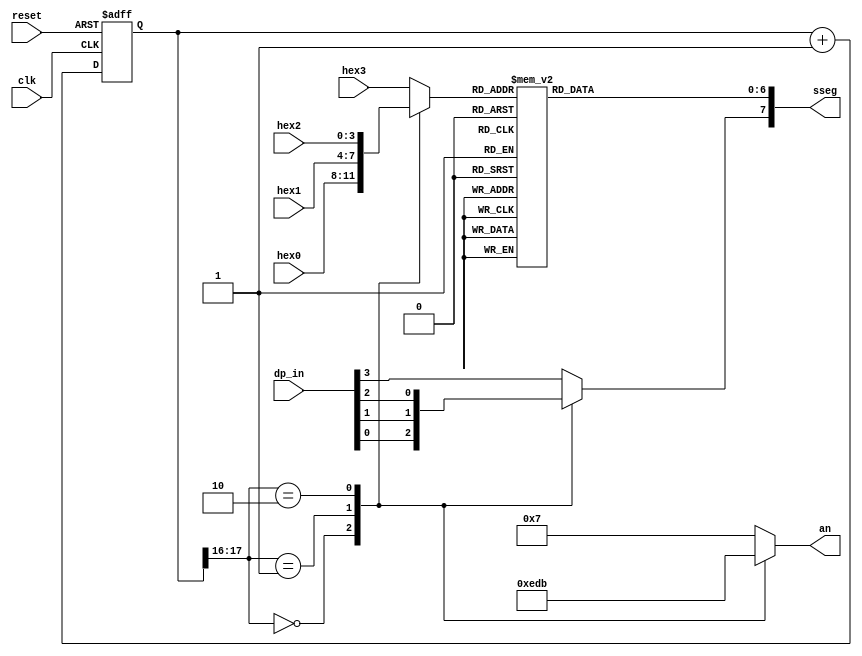
`timescale 1ns / 1ps
//////////////////////////////////////////////////////////////////////////////////
// Company: 
// Engineer: 
// 
// Design Name: 
// Module Name: scan_led_hex_disp
// Project Name: 
// Target Devices: 
// Tool Versions: 
// Description: 
// 
// Dependencies: 
// 
// Revision:
// Revision 0.01 - File Created
// Additional Comments:
// 
//////////////////////////////////////////////////////////////////////////////////


module scan_led_hex_disp  
   (input  clk,reset,
     input [3:0] hex3,hex2,hex1,hex0,
     input [3:0] dp_in,
     output reg [3:0] an,
          output reg [7:0] sseg         
     );
     localparam N = 18; //50MHz(50 MHz/2^16)
       reg [N-1:0]  regN;
reg [3:0] hex_in;
reg dp;
        always @(posedge clk,posedge reset) 
         if (reset)
           regN <= 0;
         else
            regN <= regN + 1;

      always @*
	    case (regN[N-1:N-2])
		  2'b00:
			begin
				an = 4'b1110;
				hex_in = hex0;
				dp = dp_in[0];
			end
		 2'b01:
			begin
				an = 4'b1101;
				hex_in = hex1;
				dp = dp_in[1];
			end
		 2'b10:
			begin
				an = 4'b1011;
				hex_in = hex2;
				dp = dp_in[2];
			end
		 default:
			begin
				an = 4'b0111;
				hex_in = hex3;
				dp = dp_in[3];
			end
	    endcase
  always @*
begin
	 case (hex_in)
		4'h0: sseg[6:0] = 7'b0000001;
		4'h1: sseg[6:0] = 7'b1001111;
		4'h2: sseg[6:0] = 7'b0010010;
		4'h3: sseg[6:0] = 7'b0000110;
		4'h4: sseg[6:0] = 7'b1001100;
		4'h5: sseg[6:0] = 7'b0100100;
		4'h6: sseg[6:0] = 7'b0100000;
		4'h7: sseg[6:0] = 7'b0001111;
		4'h8: sseg[6:0] = 7'b0000000;
		4'h9: sseg[6:0] = 7'b0000100;
		4'ha: sseg[6:0] = 7'b0001000;
		4'hb: sseg[6:0] = 7'b1100000;
		4'hc: sseg[6:0] = 7'b0110001;
		4'hd: sseg[6:0] = 7'b1000010;
		4'he: sseg[6:0] = 7'b0110000;
		default: sseg[6:0] = 7'b0111000;  //4'hf
	  endcase
	sseg[7] = dp;
	    end
      endmodule